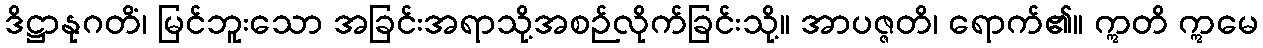
ဒိဋ္ဌာနုဂတိံ၊ မြင်ဘူးသော အခြင်းအရာသို့အစဉ်လိုက်ခြင်းသို့။ အာပဇ္ဇတိ၊ ရောက်၏။ ဣတိ ဣမေ